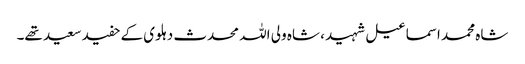
شاہ محمد اسماعیل شہید ، شاہ ولی اللہ محدث دہلوی کے حفید سعید تھے۔